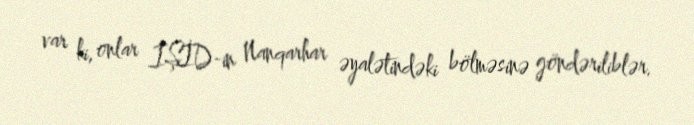
var ki, onlar İŞİD-in Nanqarhar əyalətindəki bölməsinə göndəriliblər.